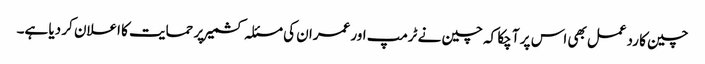
چین کا ردعمل بھی اس پر آ چکا کہ چین نے ٹرمپ اور عمران کی مسئلہ کشمیر پر حمایت کا اعلان کر دیا ہے۔